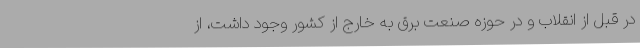
در قبل از انقلاب و در حوزه صنعت برق به خارج از کشور وجود داشت، از